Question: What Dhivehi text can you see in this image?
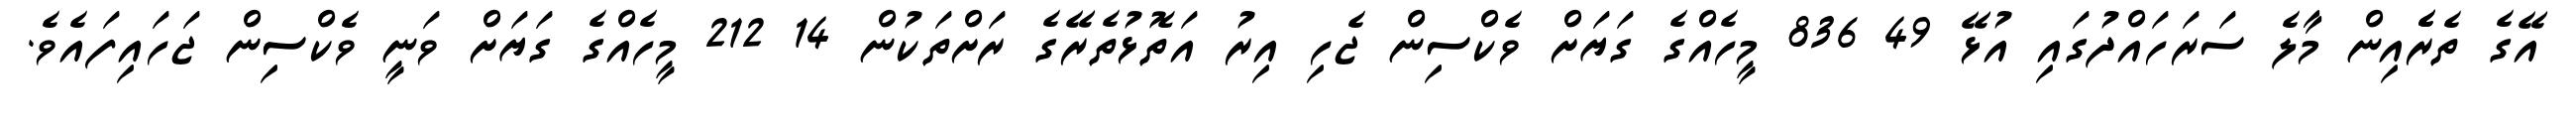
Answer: އޭގެ ތެރެެއިން މާލެ ސަރަހައްދުގައި އުޅޭ 49 836 މީހެއްގެ ގަޔަށް ވެކްސިން ޖެހި އިރު އަތޮޅުތެރޭގެ ރަށްތަކުން 14 212 މީހެއްގެ ގަޔަށް ވަނީ ވެކްސިން ޖަހައިފައެވެ.